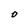
Character: O